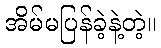
အိမ်မပြန်ခဲ့နဲ့တဲ့။